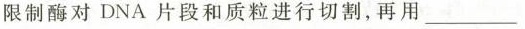
限制酶对 DNA 片段和质粒进行切割，再用___